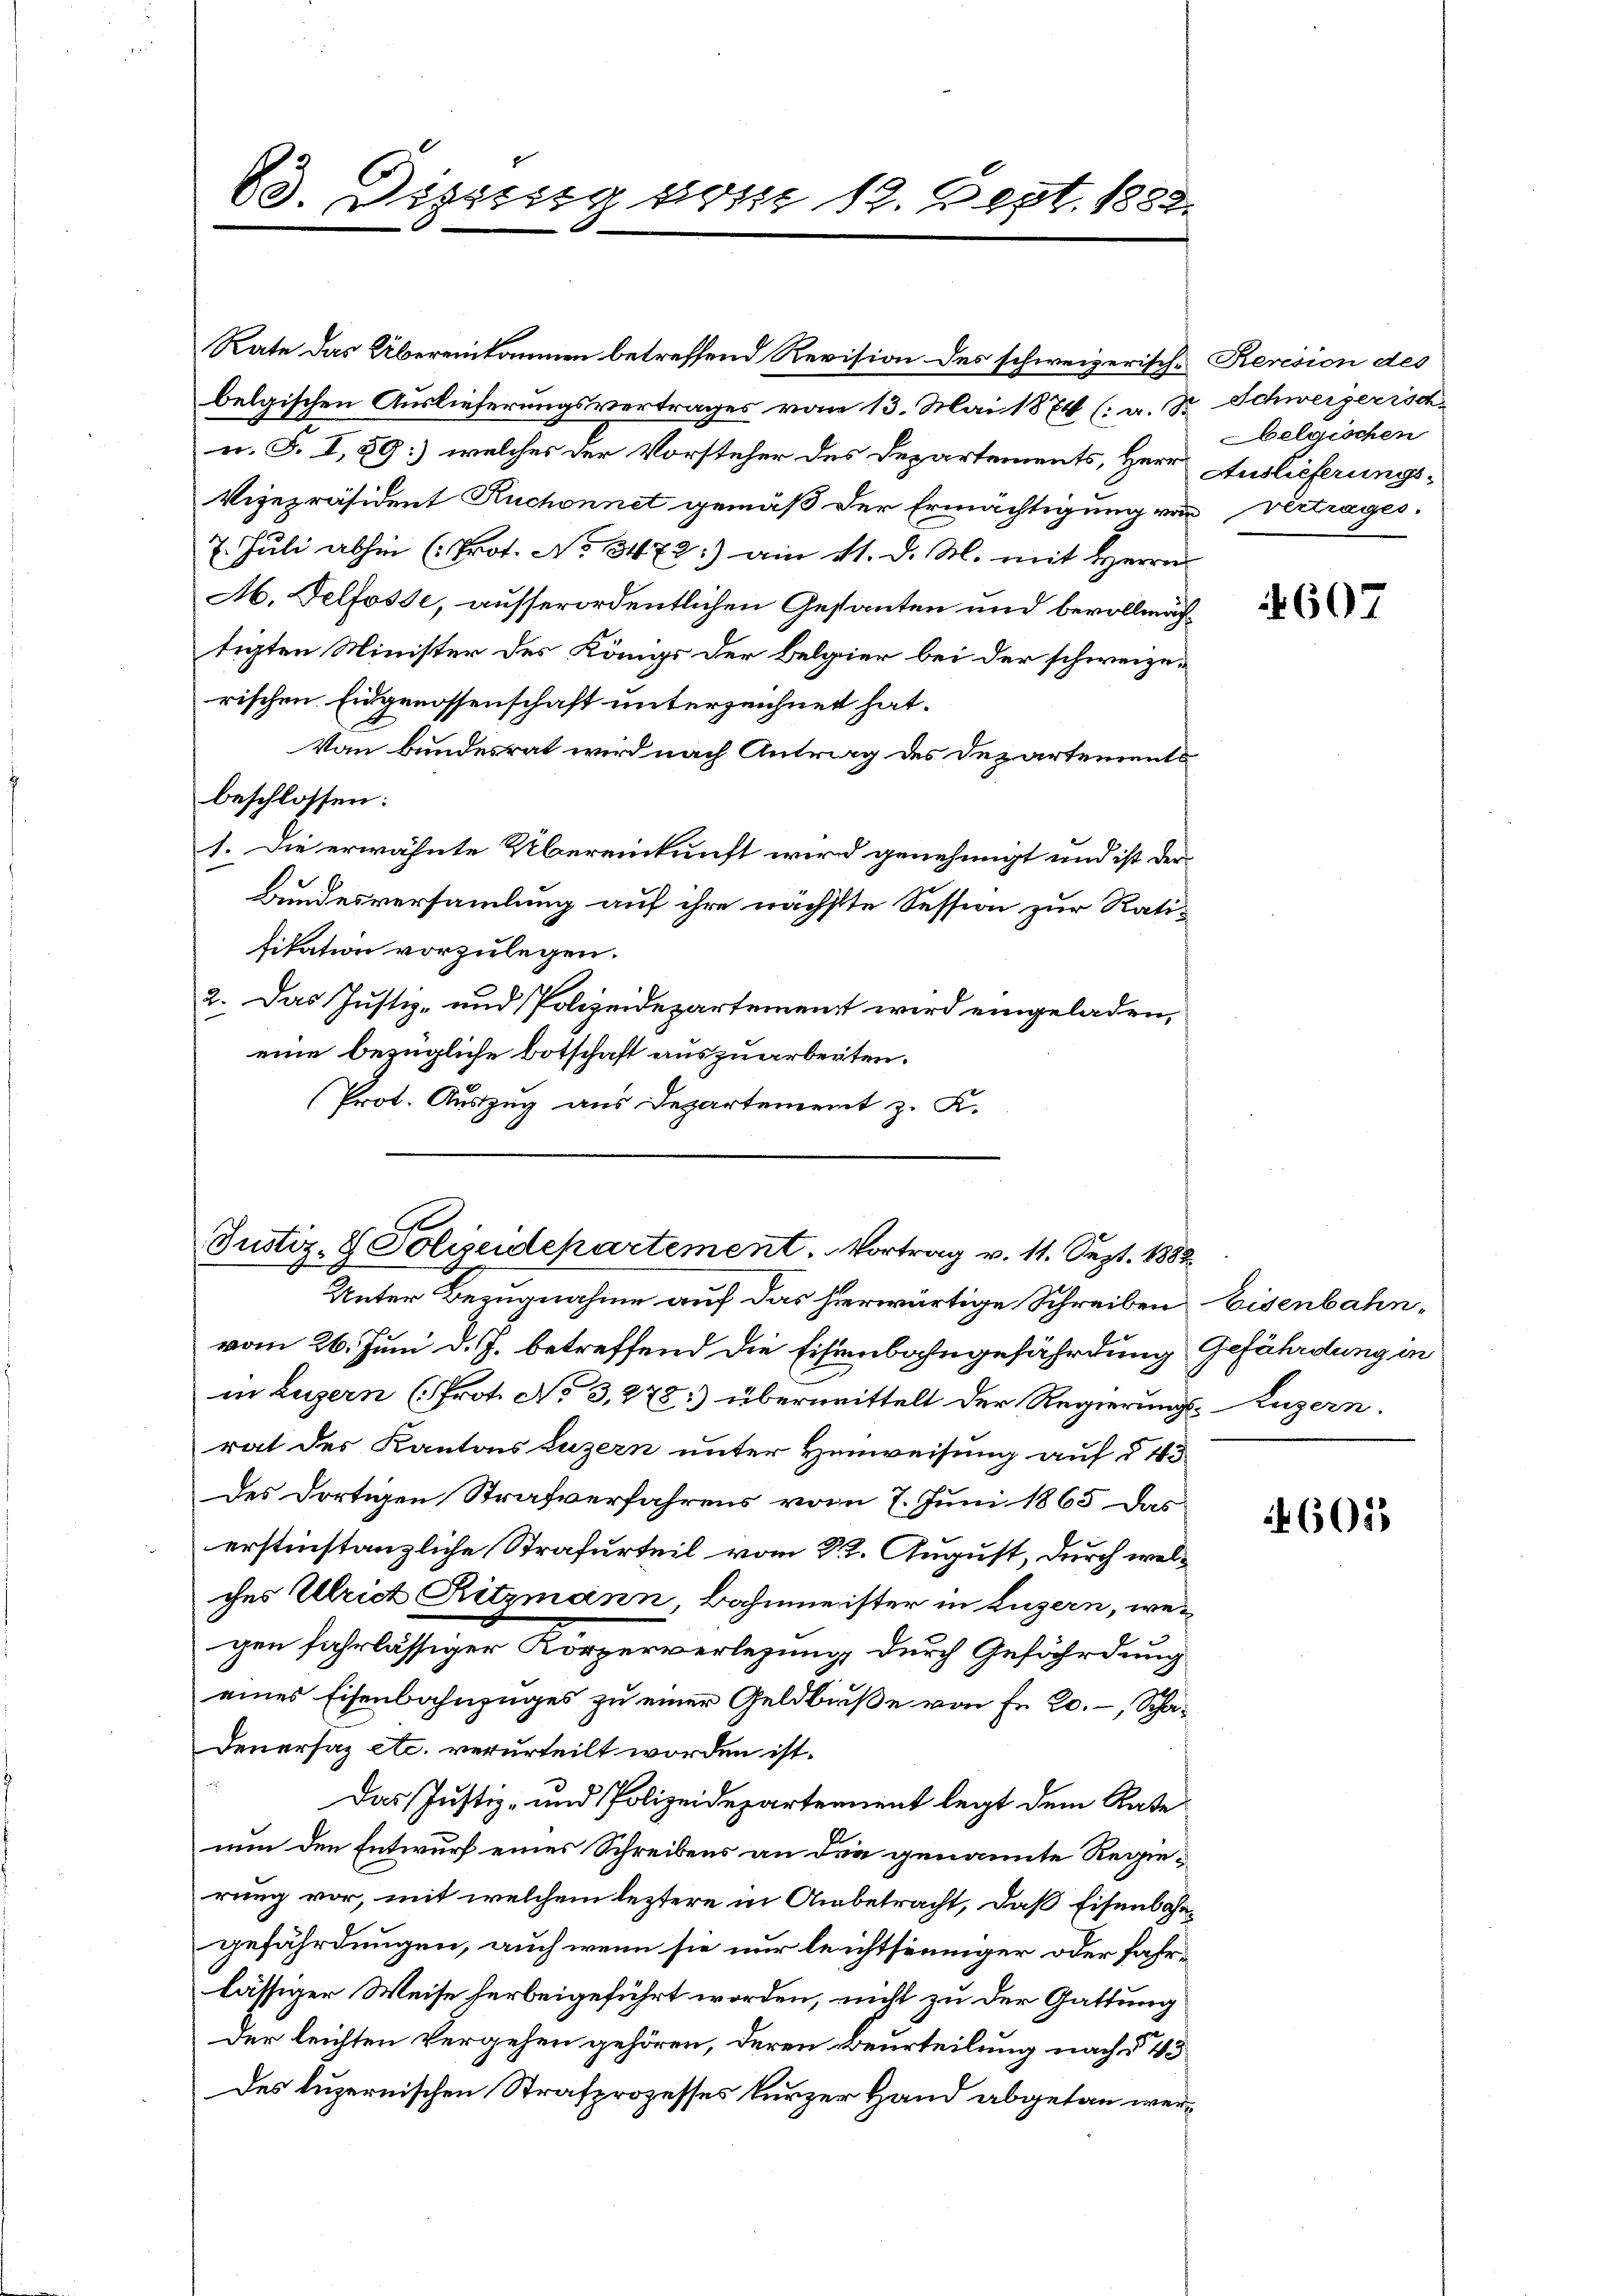
63. Diezing von 12. Sept. 1882

Rate das Übereinkommen betreffend Revision des schweizerische Revision des
belgischen Auslieferungsvertrages vom 13. Mai 1874 (: a. dr. Schweizerisch
n. F. I, 59) welches der Vorsteher des Departements, Herr Auslieferungs¬
Vizepräsident Ruchonnet gemäß der Ermächtigung von Vertrages.
7. Juli abhin (Prot. No 3472:) am 11. d. M. mit Herrn
Ab. Telfosse, ausserordentlichen Gesanten und bevollmächtigten Minister des Königs der Belgier bei der schweizerischen Eidgenossenschaft unterzeichnet hat.
Von Bundesrat wird nach Antrag des Departements
beschlossen:
1. Die erwähnte Übereinkunft wird genehmigt und ist der
Bundesversammlung auf ihre nächste Session zur Ratifikation vorzulegen.
2. Das Justiz- und Polizeidepartement wird eingeladen,
eine bezügliche Botschaft auszuarbeiten.
Prot. Auszug aus Departement z. K.

Justiz- & Polizeidepartement. Vortrag v. 11. Sept. 1882

Unter Bezugnahme auf das hierwärtige Schreiben Eisenbahn¬

vom 26. Juni d. J. betreffend die Eisenbahngefährdung Gefährdung in
in Luzern (Prot. No 3,278) übermittelt der Regierungs- uzern.
rat des Kantons Luzern unter Hinweisung auf § 45
des dortigen Strafverfahrens vom 7. Juni 1865 das
erstinstanzliche Strafurteil vom 22. August, durch welches Ulrich Ritzmann, Bahnmeister in Luzern, wegen fahrlässiger Körperverlesung durch Gefährdung
eines Eisenbahnzuges zu einer Geldbuße von Fr. 20.-, Scha¬
Feuersaz etc. verurteilt worden ist.
Das Justiz- und Polizeidepartement legt dem Rate
nun den Entwurf eines Schreibens an die genannte Regierung vor, mit welchem leztere in Anbetracht, daß Eisenbahngefährdungen, auch wenn sie nur leichtsinniger oder fahrlässiger Weise herbeigeführt worden, nicht zu der Gattung
Der leichten Vergehen gehören, deren Beurteilung nach § 1
Des luzernischen Strafprozesses kurzer Hand abgetan wer¬

belgischen

607

605